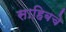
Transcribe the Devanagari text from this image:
साहिबचे